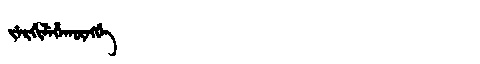
Manchu: ᠵᡝᡵᡤᡳᠯᡝᡥᠠᡴᡡᠩᡤᡝ
Romanization: JERGILEHAKŪNGGE